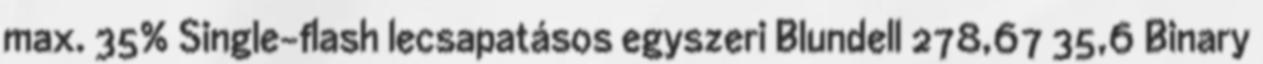
max. 35% Single-flash lecsapatásos egyszeri Blundell 278,67 35,6 Binary